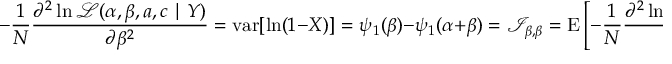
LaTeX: - { \frac { 1 } { N } } { \frac { \partial ^ { 2 } \ln { \mathcal { L } } ( \alpha , \beta , a , c \mid Y ) } { \partial \beta ^ { 2 } } } = \operatorname { v a r } [ \ln ( 1 - X ) ] = \psi _ { 1 } ( \beta ) - \psi _ { 1 } ( \alpha + \beta ) = { \mathcal { I } } _ { \beta , \beta } = \operatorname { E } \left[ - { \frac { 1 } { N } } { \frac { \partial ^ { 2 } \ln { \mathcal { L } } ( \alpha , \beta , a , c \mid Y ) } { \partial \beta ^ { 2 } } } \right] = \ln ( \operatorname { v a r _ { G ( 1 - X ) } } )